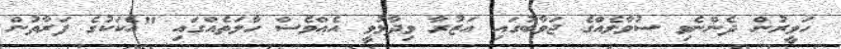
ހަވީރުން ދެންނެވި ސުވާލެއްގެ ޖަވާބުގައި އަޒުރާ ވިދާޅުވީ އެއްވެސް ހާލަތެއްގައި "އެކަކުގެ ފަރާތުން